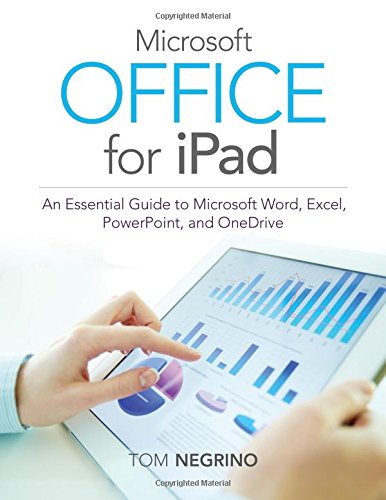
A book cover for Microsoft Office for iPad: An Essential Guide to Microsoft Word, Excel, PowerPoint, and OneDrive; Tom Negrino; Computers & Technology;